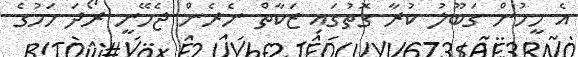
އެ މީހުން ގަބޫލު ކުރާ ގޮތުގައި ޒަކާތް ނެރެން ޖެހޭނީ ރޯދަ މަހުގެ